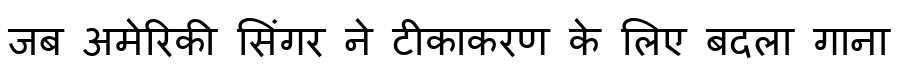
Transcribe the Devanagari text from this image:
जब अमेरिकी सिंगर ने टीकाकरण के लिए बदला गाना